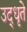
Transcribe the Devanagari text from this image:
उद्‌धृते